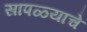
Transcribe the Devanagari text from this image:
सापळ्याचे